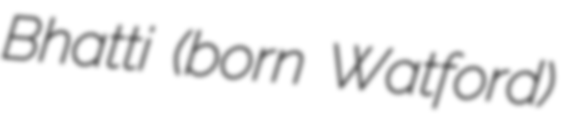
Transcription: Bhatti (born Watford)